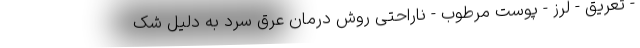
- تعریق - لرز - پوست مرطوب - ناراحتی روش درمان عرق سرد به دلیل شک